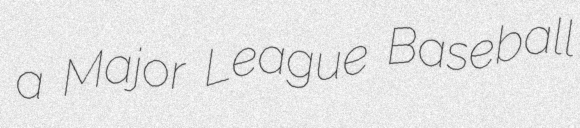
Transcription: a Major League Baseball